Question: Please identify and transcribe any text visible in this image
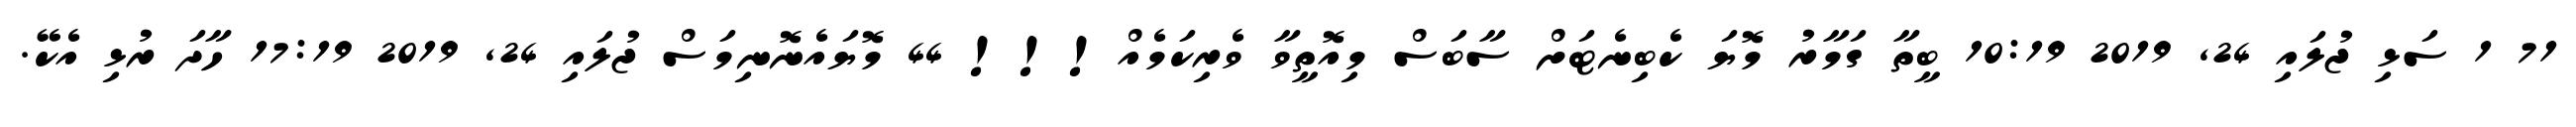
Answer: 71 1 ސަޅި ޖުލައި 24, 2019 10:19 ބީތާ ގަމާރު މޮޔަ ކެބިނެޓަށް ސާބަސް މިއޮތީވާ ވެރިކަމެއް!!! 44 މޮޔައެނޮނިމަސް ޖުލައި 24, 2019 17:19 ހާދަ ރުޅި އެކޭ.